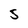
Character: 5